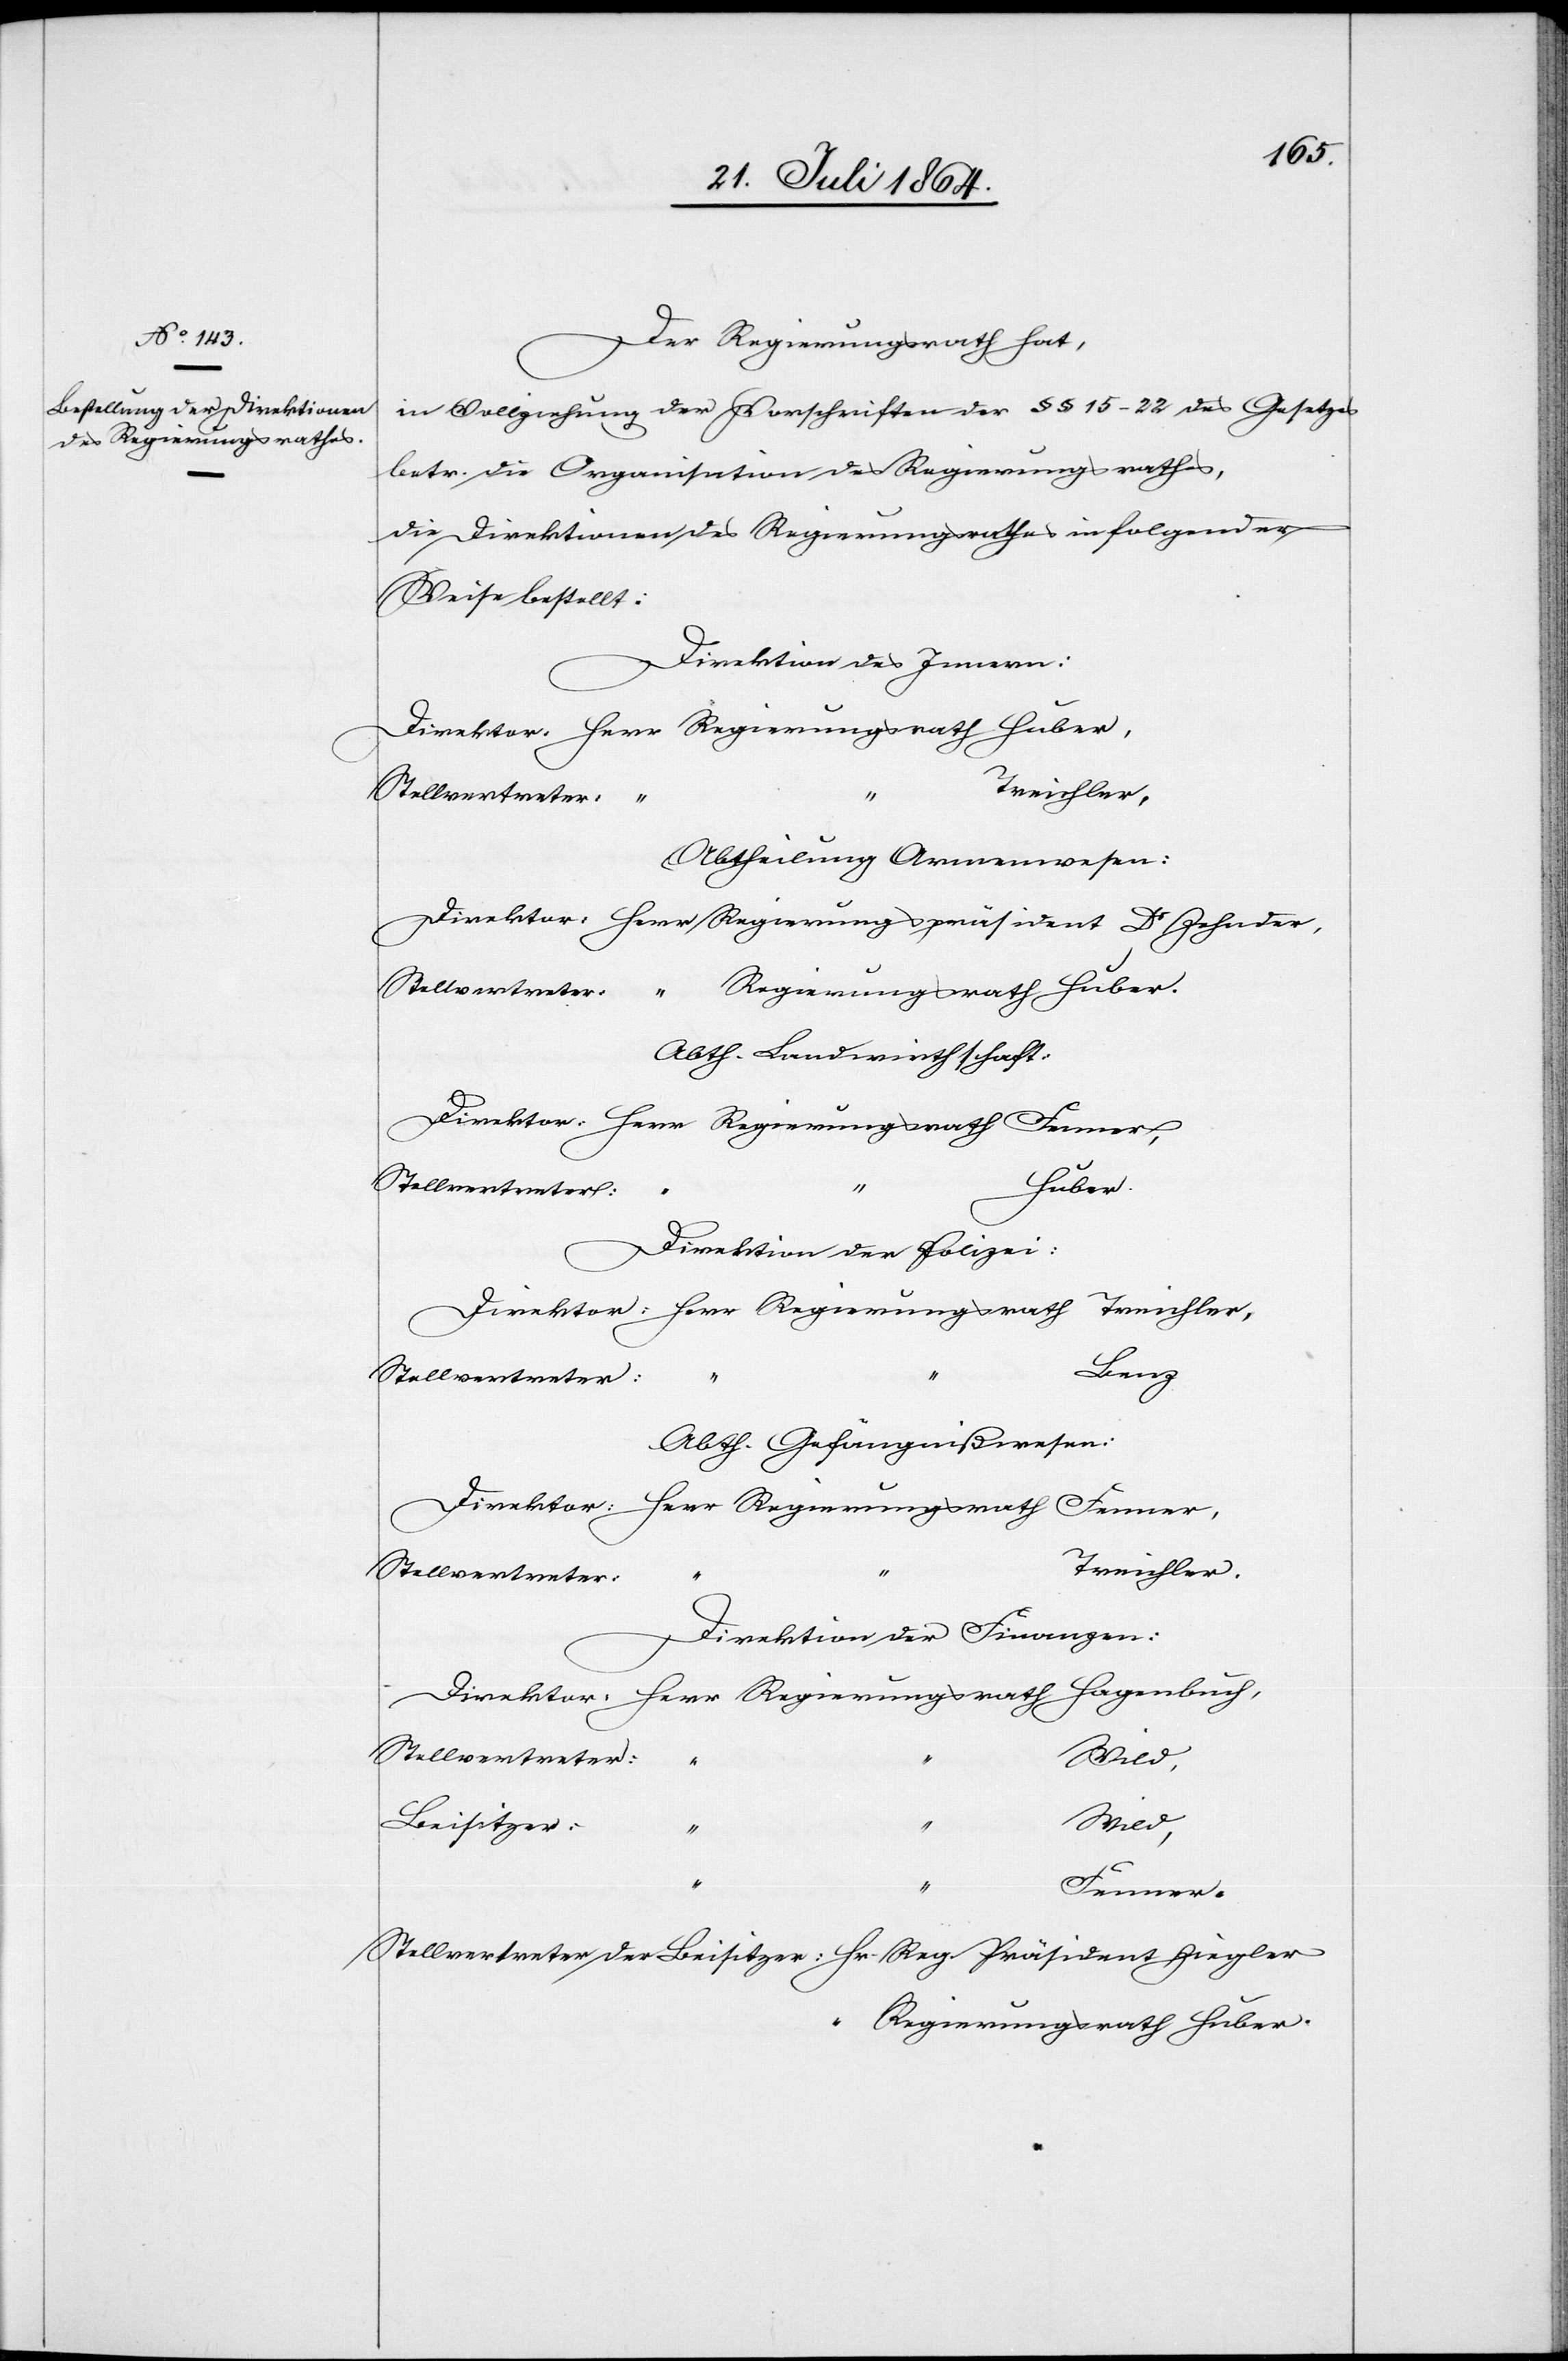
Der Regierungsrath hat,
in Vollziehung der Vorschriften der §§ 15–22 des Gesetzes
betr. die Organisation des Regierungsrathes,
die Direktionen des Regierungsrathes in folgender
Weise bestellt:
Direktion des Innern:
Abtheilung Armenwesen:
Hr.
Abth. Landwirthschaft:
Huber.
Direktion der Polizei:
Reg.
Stellvertreter
“
Abth. Gefängnißwesen:
Treichler.
Direktion der Finanzen:
Stellvertreter:
Ziegler
Beisitzer:
“
Fenner.
Regierungsrath Huber.